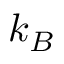
k _ { B }